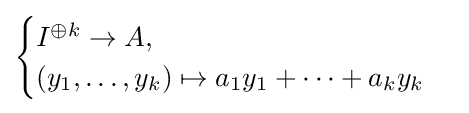
{\begin{cases}I^{\oplus k}\to A,\\(y_{1},\dots ,y_{k})\mapsto a_{1}y_{1}+\cdots +a_{k}y_{k}\end{cases}}